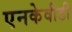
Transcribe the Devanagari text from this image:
एनकेवीडी